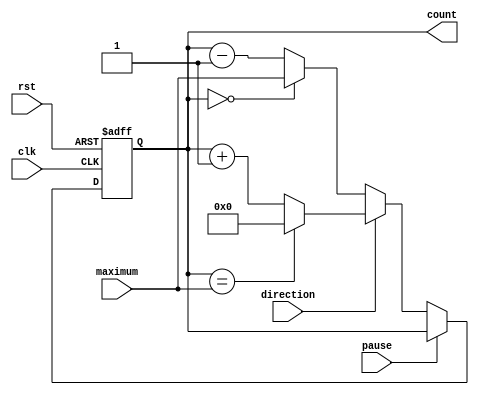
`timescale 1ns / 1ps
//////////////////////////////////////////////////////////////////////////////////
// Company: 
// Engineer: 
// 
// Design Name: 
// Module Name: Task1
// Project Name: 
// Target Devices: 
// Tool Versions: 
// Description: 
// 
// Dependencies: 
// 
// Revision:
// Revision 0.01 - File Created
// Additional Comments:
// 
//////////////////////////////////////////////////////////////////////////////////


module Task1(clk, rst, direction, maximum, pause, count);
    input clk, rst, direction, pause;
    input [7:0] maximum;
    output reg [7:0] count;
    

    always @ (posedge clk or posedge rst)
    
    begin
        if (rst == 1)
            count <= 8'b00000000;
        else
            begin
            if(pause == 1)
                count = count;
            else
                begin
                if (direction == 1'b0)
                    begin
                        if(count == 8'b00000000)
                            count <= maximum;
                        else
                            count <= count - 1;                        
                    end
                else
                    begin
                        if(count == maximum)
                            count <= 8'b00000000;
                        else
                            count <= count + 1;                       
                    end
                end
            end
    end
endmodule